Vital statistics of India. Vol. IV, Annual returns from 1871 to 1876. British Army of India, Native Army and jails of Bengal
Year: 1871
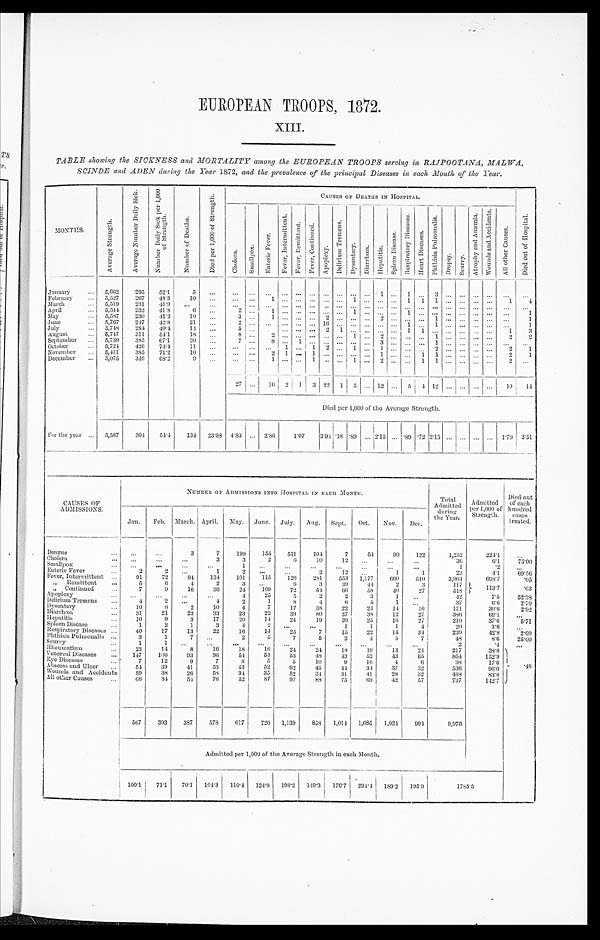
EUROPEAN TROOPS, 1872.
XIII.
TABLE showing the SICKNESS and MORTALITY among the EUROPEAN TROOPS serving in RAJPOOTANA, MALWA,
SCINDE and ADEN during the Year 1872, and the prevalence of the principal Diseases in each Month of the Year.
MONTHS.
A v e r a g e S t r e n g t h .
A v e r a g e N u m b e r D a i l y S i c k . N u m b e r D a i l y S i c k p e r 1 , 0 0 0 o f S t r e n g t h .
N u m b e r o f D e a t h s .
D i e d p e r 1 , 0 0 0 o f S t r e n g t h .
CAUSES OF DEATHS IN HOSPITAL.
C h o l e r a .
S m a l l p o x .
E n t e r i c F e v e r .
F e v e r , I n t e r m i t t e n t .
F e v e r , R e m i t t e n t .
F e v e r , C o n t i n u e d .
A p o p l e x y .
D e l i r i u m T r e m e n s .
D y s e n t e r y . D i a r r h œ a . H e p a t i t i s .
S p l e e n D i s e a s e .
R e s p i r a t o r y D i s e a s e s .
H e a r t D i s e a s e s .
P h t h i s i s P u l m o n a l i s .
D r o p s y . S c u r v y .
A t r o p h y a n d A n æ m i a .
W o u n d s a n d A c c i d e n t s .
A l l o t h e r C a u s e s .
D i e d o u t o f H o s p i t a l .
January
... 5,662
295
52.1
5
......... ... . . . . . . . . . ......
. . .
...1 ...1 ... 3
. . . . . .
. . .
...
. . .
. . .
February
... 5,527
267 48.3
10 ...
... ... 1
. . . . . . ... ... ... 1 ... . . .
...1 1
1
. . . . . .
. . .
... 1
4
March ... 5,519
231
41.9 ...
. . . ...... . . .
. . . . . . . . . ..... . . . ............... . . . . . . . . .
. . .
... ...
. . .
April
... 5,544 232 41.8
6
...
2 ...
1 ...
. . . . . . ... ...
1 .........1 ... . . . ... ... ... ... ...
1
May
... 5,587
230
41.2
10
...
3 ...
1 . . . . . . . . . 2 ... . . . ...2 ......... 1
. . . . . .
. . .
... ... 1
June ...
5,767
247
42.8
21 ...
2 ...
. . . . . . . . . . . . 16... . . . .........1 ... 1 ... ... ... ... ...
1
July
... 5,748
284 49.4
14 ...
5 ..._
. . . . . . . . . . 2 1
. . . .........1 1
1
. . . . . .
. . .
... 1
3
August
... 5,747
311
54.1
1 8 ...
8 ...
2 . . . . . . . . . ...... 1 ...2 .......... 1
. . . . . .
. . .
... 2
2
September ... 5,739
385 67.1
20
. . .
7 ...
8 . . .
1 . . . ...... . . . ...3 ...... ... 2 ... ... ... ... ...
. . .
October
... 5,724 426
74.4
11
. . . ... ... ... 1 . . . 1 2 ... 1 ... 1 ... ... ... 1 ... ... ... ... 2
1
November ... 5,411
385 71.2
10 ...
... ... 2
1 . . . 1 ...... . . . ...1 ... ... 1 1
. . . ... ... ...
2
1
December ... 5,075
346 68.2
9
......
...
1 . . . . . . 1 .. . . . 1 ...2 ...
... 1
1 ... ... ... ...
2
...
27 ... 1 6
2 1 3 22 1 5 ... 12 ...
5 4 12 . . .
. . . . . . ... 10 14
Died per 1,000 of the Average Strength.
For the year ...
5,587
304 54.4 134 23.98 4.83 ... 2.86
1.07
3.94.18 .89 ... 2.15 ... .89 .72 2.15 ...
. . . ... ... 1.79 2.51
CAUSES OF
ADMISSIONS.
NUMBER OF ADMISSIONS INTO HOSPITAL IN EACH MONTH.
Total
Admitted during
the Year.
Admitted
per 1,000 of
Strength.
Died out
of each
hundred cases
treated.
Jan. Feb. March. April. May. June. July. Aug. Sept. Oct. Nov. Dec.
Dengue ...
. . .
...
3
7
199
155
511
104
7
54
90
122
1,252
224.1
. . .
Cholera ...
. . .
...
...
3
3
2
6
10
12 ...
...
...
3 6
6 . 1
7 5 . 0 0
Smallpox ...
. . . ...
. . . ...
1
...
...
...
...
...
...
...
1
. 2
. . .
Enteric Fever
...
2
2
. . .
1
2
. . . ...
2
12 ...
1
1
2 3
4 . 1
6 9 . 5 6
Fever, Intermittent ...
91
72
84
134
101
115
126
281
553 1,177
660
510
3,904
698.7
.05
„ Remittent
...
5
6
4
2
3 ...
6
3
39
44
2
3
117 113.7
.63
„ Continued ...
7
9
16
36
24
109
72
54
66
58
40
27
518
Apoplexy ...
. . .
. . . .
. . .
. . .
4
25
5
2
2
3
1
. . .
42
7.5
52.38
Delirium Tremen
4
2
. . .
4
2
1
8
4
6
5
1
. . .
37
6 . 6
2.70
Dysentery ...
10
8
2
10
4
7
17
38
22
23
14
16
171
30.6
2.92
Diarrhœa ...
31
21
23
33
23
22
39
80
37
38
12
27
386
69.1
. . .
Hepatitis ...
16
9
3
17
20
14
24
19
20
25
16
27
210
3 7 . 6
5.71
Spleen Disease ...
1
2
1
3
4
2 ...
...
1
1
1
4
2 0
3 . 6
. . .
Respiratory Diseases ...
40
17
13
22
16
14
25
7
15
22
14
34
2 3 9
4 2 . 8
2 . 0 9
Phthisis Pulmonalis ...
3
1
7
. . .
2
5
7
5
2
4
5
7
48
8 . 6
2 5 . 0 0
Scurvy
...
1
1
...
. . . ...
. . .
...
...
...
...
. . .
. . .
2
. 4 ...
Rheumatism ...
23
14
8
16
18
16
24
24
18
19
13
24
2 1 7
3 8 . 8
Venereal Diseases
... 147
106
93
96
54
54
53
48
43
52
43
65
8 5 4
1 5 2 . 9 .48
Eye Diseases
...
7
12
9
7
8
5
5
1 0
9
16
4
6
9 8
1 7 . 6
Abscess and Ulcer ...
54
39
41
53
43
52
62
45
4 4
34
37
32
536
96.0
Wounds and Accidents
59
38
26
58
34
35
52
34
31
41
28
32
468
83.8
All other Causes ...
66
34
54
76
52
87
97
88
75
69
42
57
797
142.7
567
393
387 578
617
720 1,139
858 1,014 1,685 1,021
994
9,976
Admitted per 1,000 of the Average Strength in each Month.
100.1
71.1
70.1 104.3 110.4 124.8 198.2 149.3 176.7
2 9 4 . 4
189.2 195.9
1 7 8 5 . 5